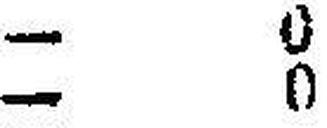
— 0